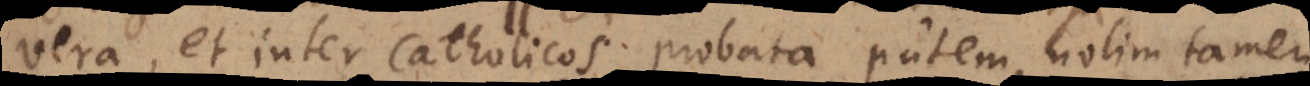
vera, et inter Catholicos probata putem, nolim tamen